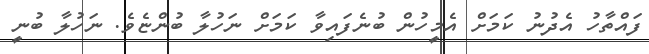
ފައްތާހު އެދުނު ކަމަށް އެމީހުން ބުނެފައިވާ ކަމަށް ނަހުލާ ބުންޏެވެ. ނަހުލާ ބުނީ